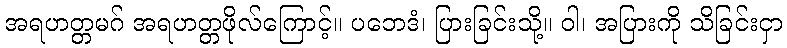
အရဟတ္တမဂ် အရဟတ္တဖိုလ်ကြောင့်။ ပဘေဒံ၊ ပြားခြင်းသို့။ ဝါ၊ အပြားကို သိခြင်းငှာ